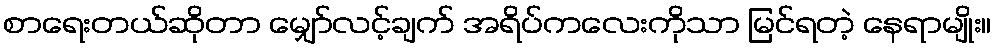
စာရေးတယ်ဆိုတာ မျှော်လင့်ချက် အရိပ်ကလေးကိုသာ မြင်ရတဲ့ နေရာမျိုး။